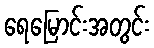
ရေမြောင်းအတွင်း